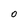
Character: 0